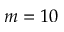
m = 1 0